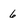
Character: 6